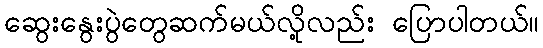
ဆွေးနွေးပွဲတွေဆက်မယ်လို့လည်း ပြောပါတယ်။